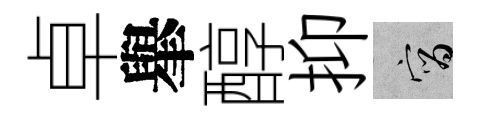
卓𦦙醇抑宵